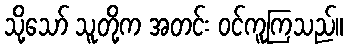
သို့သော် သူတို့က အတင်း ဝင်ကူကြသည်။